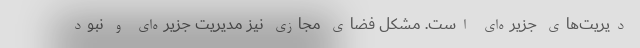
دیریت‌های جزیره‌ای است. مشکل فضای مجازی نیز مدیریت جزیره‌ای و نبود